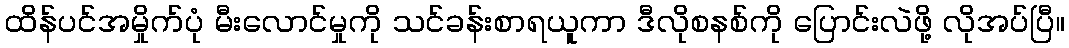
ထိန်ပင်အမှိုက်ပုံ မီးလောင်မှုကို သင်ခန်းစာရယူကာ ဒီလိုစနစ်ကို ပြောင်းလဲဖို့ လိုအပ်ပြီ။